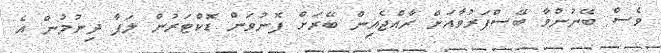
ވެސް ބޭނުންވާ ބޭސްފަރުވާއަށް ރާއްޖެއިން ބޭރަށް ފޮނުވަން ޑޮކްޓަރުން ލަފާ ދިނުމުން އެ